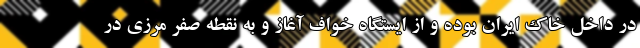
در داخل خاک ایران بوده و از ایستگاه خواف آغاز و به نقطه صفر مرزی در